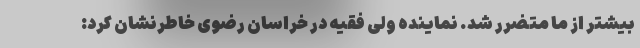
بیشتر از ما متضرر شد. نماینده ولی فقیه در خراسان رضوی خاطرنشان کرد: